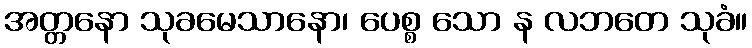
အတ္တနော သုခမေသာနော၊ ပေစ္စ သော န လဘတေ သုခံ။